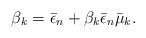
LaTeX: \begin{align*} \beta_k=\bar{\epsilon}_n+\beta_k\bar{\epsilon}_n\bar{\mu}_k.\end{align*}